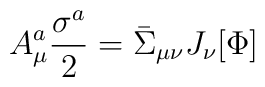
A_\mu^a \frac{\sigma^a}{2} =  \bar \Sigma_{\mu \nu}J_\nu[\Phi]